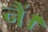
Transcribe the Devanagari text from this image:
नैं।